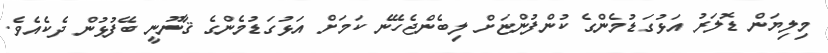
މިލިޔަން ޑޮލަރު އަޅުގަޑުމެންގެ ކުންފުންޏަށް ލިބެންޖެހޭނެ ކަމަށް އަޅުގަޑުމެންގެ ޤާނޫނީ ބޭފުޅުން ދެކެއެވެ.